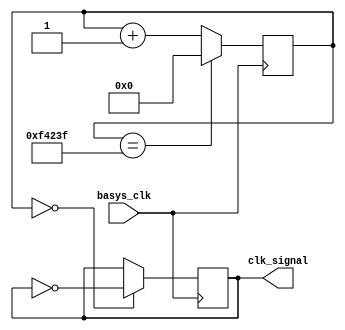
`timescale 1ns / 1ps
//////////////////////////////////////////////////////////////////////////////////
// Company: 
// Engineer: 
// 
// Design Name: 
// Module Name: clk50Hz
// Project Name: 
// Target Devices: 
// Tool Versions: 
// Description: 
// 
// Dependencies: 
// 
// Revision:
// Revision 0.01 - File Created
// Additional Comments:
// 
//////////////////////////////////////////////////////////////////////////////////


module clk50Hz(
    input basys_clk,
    output reg clk_signal = 0
    );
        
    reg [31:0] count = 32'd0;
    always @(posedge basys_clk) begin
        count <= (count == 999999) ? 0 : count + 1;
        clk_signal <= (count == 0) ? ~clk_signal : clk_signal;
   
    end
endmodule